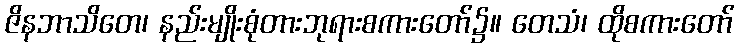
ဇိနဘာသိတေ၊ နည်းမျိုးစုံတားဘုရားစကားတော်၌။ တေသံ၊ ထိုစကားတော်